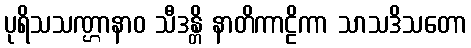
ပုရိသသဏ္ဌာနာဝ သီဒန္တိ နာတိကာဠိကာ သာသဒိသတော